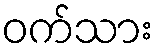
ဝက်သား